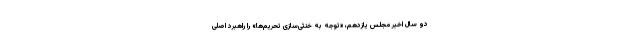
دو سال اخیر مجلس یازدهم، «توجه به خنثی‌سازی تحریم‌ها» را راهبرد اصلی